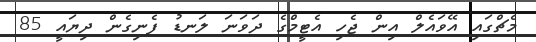
މެޗްގައި އޭވައެލް އިން ޖެހި އެޓީމްގެ ދަވަނަ ލަނޑު ފެނިގެން ދިޔައީ 85